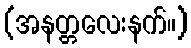
(အနတ္တလေးနက်။)